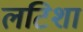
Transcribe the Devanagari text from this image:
लटिशा